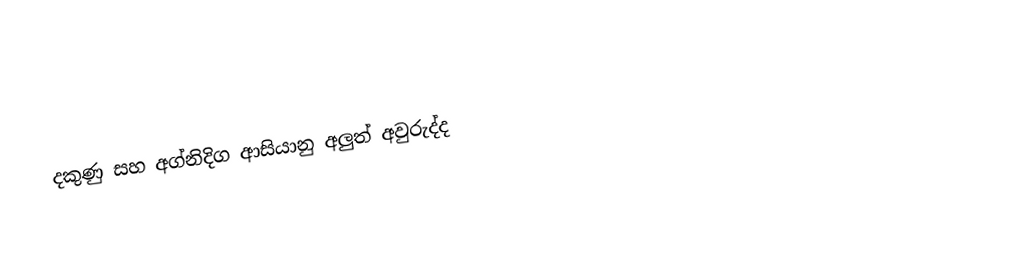
දකුණු සහ අග්නිදිග ආසියානු අලුත් අවුරුද්ද